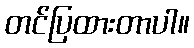
တင်ပြထားတာပါ။